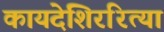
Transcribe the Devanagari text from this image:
कायदेशिररित्या